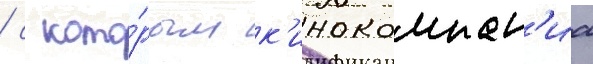
/ с кото́рым к'инокомпан'иа